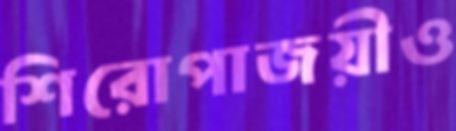
শিরোপাজয়ীও